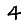
Digit: 4